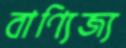
বাণ্যিজ্য